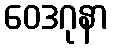
ဝေဒဂုနာ